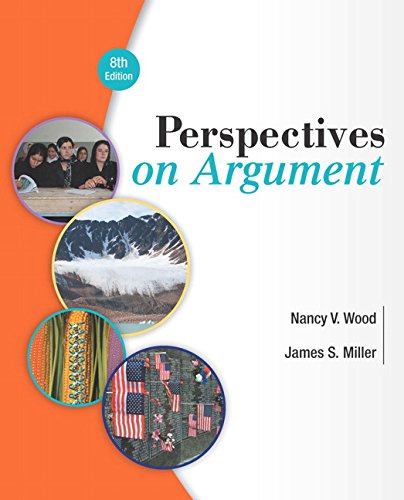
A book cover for Perspectives on Argument (8th Edition); Nancy V. Wood; Reference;